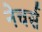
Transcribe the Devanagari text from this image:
नेचर्स